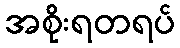
အစိုးရတရပ်